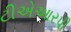
ટીએઆરપી